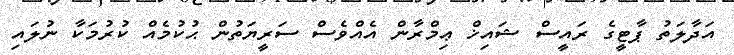
އަދާލަތު ޕާޓީގެ ރައީސް ޝައިޚް ޢިމްރާން އެއްވެސް ސަރީޔަތުން ޙުކުމެއް ކުރުމަކާ ނުލައި